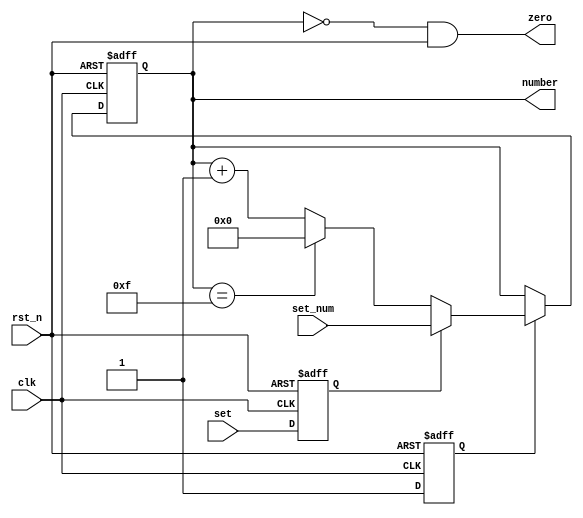
// ======================================================================
// Copyright (c) 2023-2023 All rights reserved
// ======================================================================
// Affiliation  : Tsinghua Univ & NeuraMatrix
// Revise Date  : 2023-06-07 16:09:32
// Description  : VL51 on nowcoder (This is a bad test question)
// ======================================================================

module count_module(
  input  wire       clk,
  input  wire       rst_n,
  input  wire       set,
  input  wire [3:0] set_num,
  output reg  [3:0] number,
  output wire       zero
);

  reg nowcoder_wrong_answer;
  reg nowcoder_wrong_answer_set;

  assign zero = (number == 4'd0) && rst_n;

  always @(posedge clk or negedge rst_n) begin
    if(~rst_n) begin
      nowcoder_wrong_answer_set <= 1'b0;
    end else begin
      nowcoder_wrong_answer_set <= set;
    end
  end

  always @(posedge clk or negedge rst_n) begin
    if(~rst_n) begin
      number <= 4'd0;
      nowcoder_wrong_answer <= 1'b0;
    end else if (~nowcoder_wrong_answer) begin
      nowcoder_wrong_answer <= 1'b1;
    end else begin
      if (nowcoder_wrong_answer_set) begin
        number <= set_num;
      end else if (number == 4'd15) begin
        number <= 4'd0;
      end else begin
        number <= number + 4'd1;
      end
    end
  end

endmodule